Report of the Indian Hemp Drugs Commission, 1894-1895 - Volume IV
Year: 1894
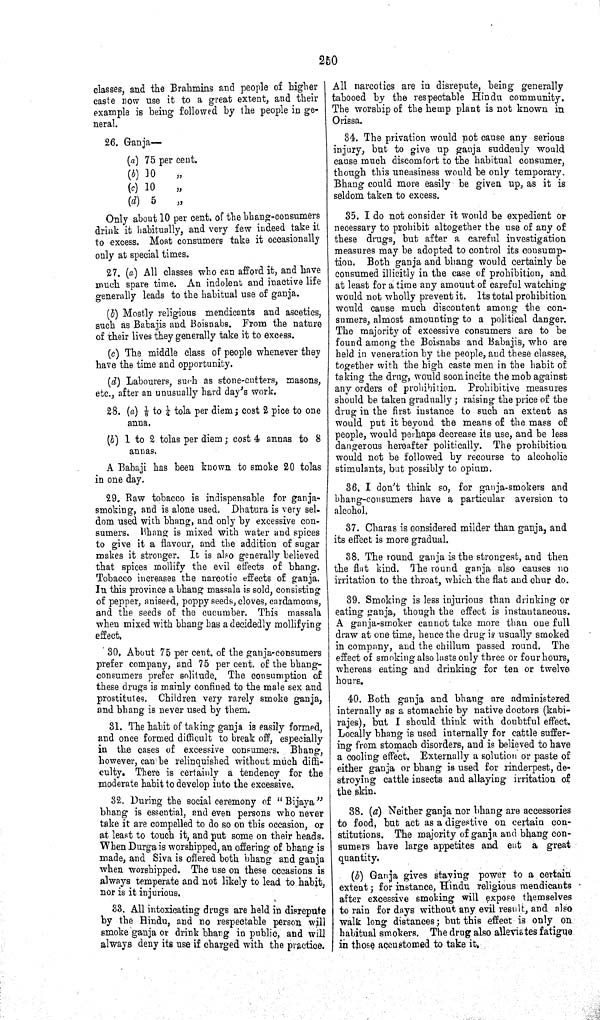
250
classes, and the Brahmins and people of higher
caste now use it to a great extent, and their
example is being followed by the people in ge
neral.
26. Ganja—
(a) 75 per cent.
(b)
10 "
(c) 10 "
(d) 5
"
Only about 10 per cent. of the bhang-consumers
drink it habitually, and very few indeed take it
to excess. Most consumers take it occasionally
only at special times.
27. (a) All classes who can afford it, and have
much spare time. An indolent and inactive life
generally leads to the habitual use of ganja.
(b) Mostly religious mendicants and ascetics,
such as Babajis and Boisnabs. From the nature
of their lives they generally take it to excess.
(c) The middle class of people whenever they
have the time and opportunity.
(d) Labourers, such as stone-cutters, masons,
etc., after an unusually hard day's work.
28. (a) ⅛ to ¼ tola per diem; cost 2 pice to one
anna.
(b) 1 to 2 tolas per diem; cost 4 annas to 8
annas.
A Babaji has been known to smoke 20 tolas
in one day.
29. Raw tobacco is indispensable for ganja-
smoking, and is alone used. Dhatura is very sel
dom used with bhang, and only by excessive con
sumers. Bhang is mixed with water and spices
to give it a flavour, and the addition of sugar
makes it stronger. It is also generally believed
that spices mollify the evil effects of bhang.
Tobacco increases the narcotic effects of ganja.
In this province a bhang massala is sold, consisting
of pepper, aniseed, poppy seeds, cloves, cardamoms,
and the seeds of the cucumber. This massala
when mixed with bhang has a decidedly mollifying
effect.
30. About 75 per cent. of the ganja-consumers
prefer company, and 75 per cent. of the bhang-
consumers prefer solitude. The consumption of
these drugs is mainly confined to the male sex and
prostitutes. Children very rarely smoke ganja,
and bhang is never used by them.
31. The habit of taking ganja is easily formed,
and once formed difficult to break off, especially
in the cases of excessive consumers. Bhang,
however, can be relinquished without much diffi
culty. There is certainly a tendency for the
moderate habit to develop into the excessive.
32. During the social ceremony of "Bijaya"
bhang is essential, and even persons who never
take it are compelled to do so on this occasion, or
at least to touch it, and put some on their heads.
When Durga is worshipped, an offering of bhang is
made, and Siva is offered both bhang and ganja
when worshipped. The use on these occasions is
always temperate and not likely to lead to habit,
nor is it injurious.
33. All intoxicating drugs are held in disrepute
by the Hindu, and no respectable person will
smoke ganja or drink bhang in public, and will
always deny its use if charged with the practice.
All narcotics are in disrepute, being generally
tabooed by the respectable Hindu community.
The worship of the hemp plant is not known in
Orissa.
34. The privation would not cause any serious
injury, but to give up ganja suddenly would
cause much discomfort to the habitual consumer,
though this uneasiness would be only temporary.
Bhang could more easily be given up, as it is
seldom taken to excess.
35. I do not consider it would be expedient or
necessary to prohibit altogether the use of any of
these drugs, but after a careful investigation
measures may be adopted to control its consump
tion. Both ganja and bhang would certainly be
consumed illicitly in the case of prohibition, and
at least for a time any amount of careful watching
would not wholly prevent it. Its total prohibition
would cause much discontent among the con
sumers, almost amounting to a political danger.
The majority of excessive consumers are to be
found among the Boisnabs and Babajis, who are
held in veneration by the people, and these classes,
together with the high caste men in the habit of
taking the drug, would soon incite the mob against
any orders of prohibition. Prohibitive measures
should be taken gradually; raising the price of the
drug in the first instance to such an extent as
would put it beyond the means of the mass of
people, would perhaps decrease its use, and be less
dangerous hereafter politically. The prohibition
would not be followed by recourse to alcoholic
stimulants, but possibly to opium.
36. I don't think so, for ganja-smokers and
bhang-consumers have a particular aversion to
alcohol.
37. Charas is considered milder than ganja, and
its effect is more gradual.
38. The round ganja is the strongest, and then
the flat kind. The round ganja also causes no
irritation to the throat, which the flat and chur do.
39. Smoking is less injurious than drinking or
eating ganja, though the effect is instantaneous.
A ganja-smoker cannot take more than one full
draw at one time, hence the drug is usually smoked
in company, and the chillum passed round. The
effect of smoking also lasts only three or four hours,
whereas eating and drinking for ten or twelve
hours.
40. Both ganja and bhang are administered
internally as a stomachic by native doctors (kabi-
rajes), but I should think with doubtful effect.
Locally bhang is used internally for cattle suffer
ing from stomach disorders, and is believed to have
a cooling effect. Externally a solution or paste of
either ganja or bhang is used for rinderpest, de
stroying cattle insects and allaying irritation of
the skin.
38. (a) Neither ganja nor bhang are accessories
to food, but act as a digestive on certain con
stitutions. The majority of ganja and bhang con
sumers have large appetites and eat a great
quantity.
(b) Ganja gives staying power to a certain
extent; for instance, Hindu religious mendicants
after excessive smoking will expose themselves
to rain for days without any evil result, and also
walk long distances; but this effect is only on
habitual smokers. The drug also alleviates fatigue
in those accustomed to take it.